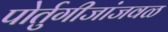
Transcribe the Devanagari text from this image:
पोर्तुगीजांजवळ